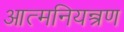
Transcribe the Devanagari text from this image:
आत्मनियन्त्रण